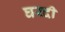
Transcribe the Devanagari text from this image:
घरदी